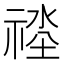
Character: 𱵠